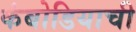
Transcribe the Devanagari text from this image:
कंबोडियाची